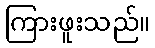
ကြားဖူးသည်။